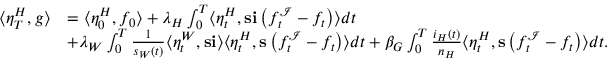
\begin{array} { r l } { \langle \eta _ { T } ^ { H } , g \rangle } & { = \langle \eta _ { 0 } ^ { H } , f _ { 0 } \rangle + \lambda _ { H } \int _ { 0 } ^ { T } \langle \eta _ { t } ^ { H } , \mathbf { s } \mathbf { i } \left( f _ { t } ^ { \mathcal { I } } - f _ { t } \right) \rangle d t } \\ & { + \lambda _ { W } \int _ { 0 } ^ { T } \frac { 1 } { s _ { W } ( t ) } \langle \eta _ { t } ^ { W } , \mathbf { s } \mathbf { i } \rangle \langle \eta _ { t } ^ { H } , \mathbf { s } \left( f _ { t } ^ { \mathcal { I } } - f _ { t } \right) \rangle d t + \beta _ { G } \int _ { 0 } ^ { T } \frac { i _ { H } ( t ) } { n _ { H } } \langle \eta _ { t } ^ { H } , \mathbf { s } \left( f _ { t } ^ { \mathcal { I } } - f _ { t } \right) \rangle d t . } \end{array}